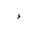
Letter: _hamza